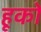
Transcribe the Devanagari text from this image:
हूकों